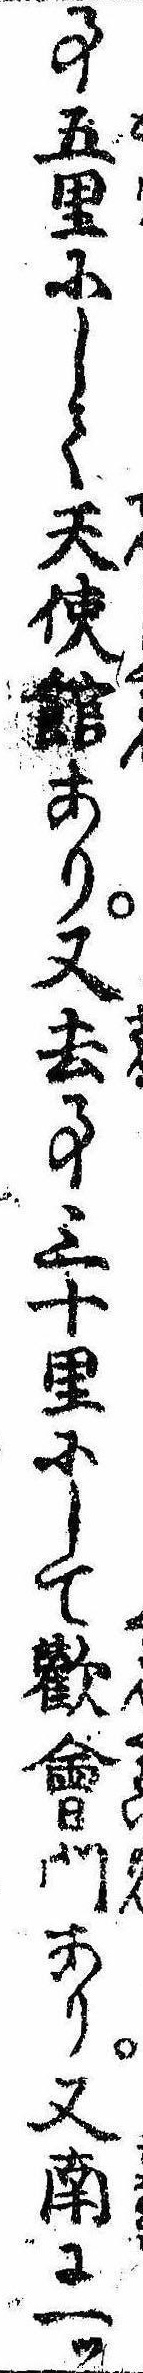
事五里にして天使館あり又去事三十里にして歓会門あり又南に一ツ